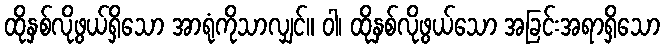
ထိုနှစ်လိုဖွယ်ရှိသော အာရုံကိုသာလျှင်။ ဝါ၊ ထိုနှစ်လိုဖွယ်သော အခြင်းအရာရှိသော